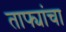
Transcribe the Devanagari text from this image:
ताफ्यांचा